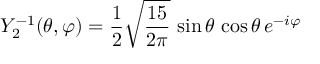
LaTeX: Y _ { 2 } ^ { - 1 } ( \theta , \varphi ) = { \frac { 1 } { 2 } } { \sqrt { \frac { 1 5 } { 2 \pi } } } \, \sin \theta \, \cos \theta \, e ^ { - i \varphi }